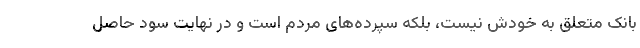
بانک متعلق به خودش نیست، بلکه سپرده‌های مردم است و در نهایت سود حاصل